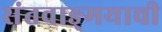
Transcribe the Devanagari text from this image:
संतवाङ्‌मयाची